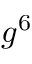
g ^ { 6 }